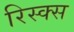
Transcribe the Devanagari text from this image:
रिस्क्स